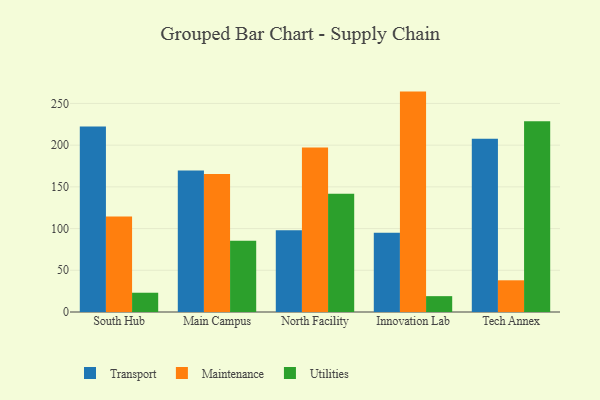
{"axis": {"x": "Campus", "y": "Satisfaction Score"}, "legend": ["Maintenance", "Transport", "Utilities"], "data": [{"x": "South Hub", "y": 222.4, "type": "Transport"}, {"x": "South Hub", "y": 114.4, "type": "Maintenance"}, {"x": "South Hub", "y": 23.1, "type": "Utilities"}, {"x": "Main Campus", "y": 169.5, "type": "Transport"}, {"x": "Main Campus", "y": 165.4, "type": "Maintenance"}, {"x": "Main Campus", "y": 85.3, "type": "Utilities"}, {"x": "North Facility", "y": 98.0, "type": "Transport"}, {"x": "North Facility", "y": 197.2, "type": "Maintenance"}, {"x": "North Facility", "y": 141.8, "type": "Utilities"}, {"x": "Innovation Lab", "y": 95.1, "type": "Transport"}, {"x": "Innovation Lab", "y": 264.2, "type": "Maintenance"}, {"x": "Innovation Lab", "y": 19.0, "type": "Utilities"}, {"x": "Tech Annex", "y": 207.7, "type": "Transport"}, {"x": "Tech Annex", "y": 38.0, "type": "Maintenance"}, {"x": "Tech Annex", "y": 228.6, "type": "Utilities"}]}